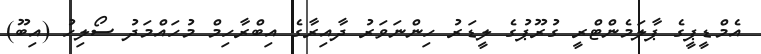
އެމްޑީޕީގެ ޕާލަމެންޓްރީ ގުރޫޕުގެ ލީޑަރު ހިންނަވަރު ދާއިރާގެ އިބްރާހިމް މުހައްމަދު ސޯލިހު (އިބޫ)